Annual report of the Imperial Bacteriologist
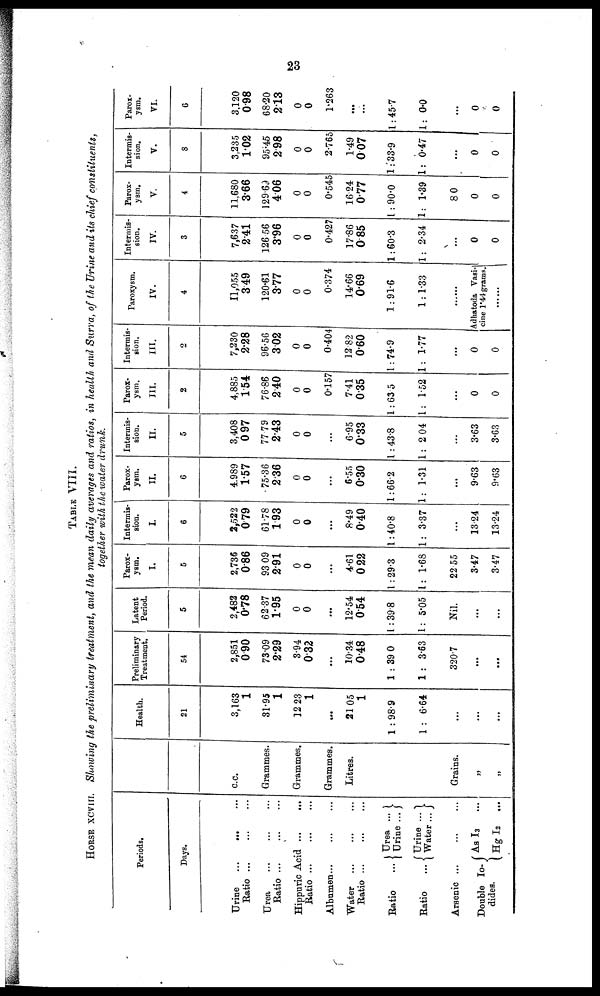
23
TABLE VIII.
HORSE XCVIII. Showing the preliminary treatment, and the mean daily averages and ratios, in health and Surra, of the Urine and its chief constituents,
together with the water drunk.
Periods.
Days.
Urine
...
...
Ratio ...
Urea
Ratio ...
Hippuric Acid ...
Ratio
Albumen
Water
Ratio
.
{
Urea .
Ratio
Urine .
Ratio ... { Urine
Water
Arsenic ...
Double Io-{Ag I 3
dides.
Hg
I 2
...
...
....
...
...
::}
...}
...
...
...
c.c.
Grammes.
Grammes.
Grammes.
Litres.
Grains.
„
„
Health.
21
3,163
1
31.95
1
12 23
1
...
2105
1
1 : 98.9
1 : 6.64
...
...
...
Preliminary
Treatment.
54
2,851
0.90
73.09
2.29
3.94
0.32
...
10.34
0.48
1 : 39 0
1 :3.63
320.7
...
...
Latent
Period.
5
2,482
0.78
62.37
1.95
0
0
...
12.54
0.54
1 :39.8
1: 5.05
Nil.
...
...
Parox-
ysm.
I.
5
2,736
0.86
93 09
2.91
0
0
...
4.61
0.22
1:29.3
1: 1.68
22.55
3.47
3.47
Intermis-
sion.
I.
6
2,522
0.79
61.78
1.93
0
0
...
8.49
0.40
1:40.8
1: 3.37
...
13.24
13.24
Parox-
ysm.
II.
6
4,989
1.57
75.36
2.36
0
0
...
6.55
0.30
1:66.2
1:1.31
...
9.63
9.63
Intermis-
sion.
II.
5
3,408
0 97
77.79
2.43
0
0
...
6.95
0.33
1:43.8
1: 204
...
3.63
3.63
Parox-
ysm.
III.
2
4,885
1.54
76.86
2.40
0
0
0.157
7.41
0.35
1: 63.5
1: 1.52
...
0
0
Intermis-
sion.
III.
2
7,230
2.28
96.56
3.02
0
0
0.404
12.82
0.60
1 : 74.9
1: 1.77
...
0
0
Paroxysm.
IV.
4
11,055
3.49
120.61
3.77
0
0
0.374
14.66
0.69
1:91.6
1: 1.33
Adhatoda Vasi¬
cine 1.44 grams.
Intermis-
sion.
IV.
3
7,637
2.41
126. 56
3.96
0
0
0.427
17.86
0.85
1:60.3
1: 2.34
...
0
0
Parox-
ysm.
V.
4
11,680
3.66
129.69
4.06
0
0
0.545
16.24
0.77
1 : 90.0
1: 1.39
80
0
0
Intermis-
sion.
V.
8
3,235
1.02
95.45
2.98
0
0
2.765
1.49
0.07
1:33.9
1: 0.47
...
0
0
Parox-
ysm.
VI.
6
3,120
0.98
68.20
2.13
0
0
1.263
...
1 :45.7
1: 0.0
...
0
0